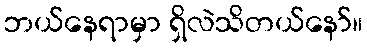
ဘယ်နေရာမှာ ရှိလဲသိတယ်နော်။